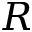
R